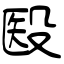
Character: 殹